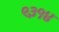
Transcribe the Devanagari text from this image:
९३१४